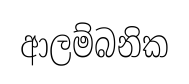
ආලම්බනික